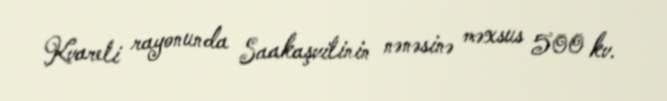
Kvareli rayonunda Saakaşvilinin nənəsinə məxsus 500 kv.